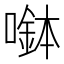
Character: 𡀖